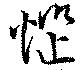
悩